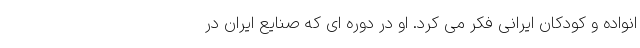
انواده و کودکان ایرانی فکر می کرد. او در دوره ای که صنایع ایران در